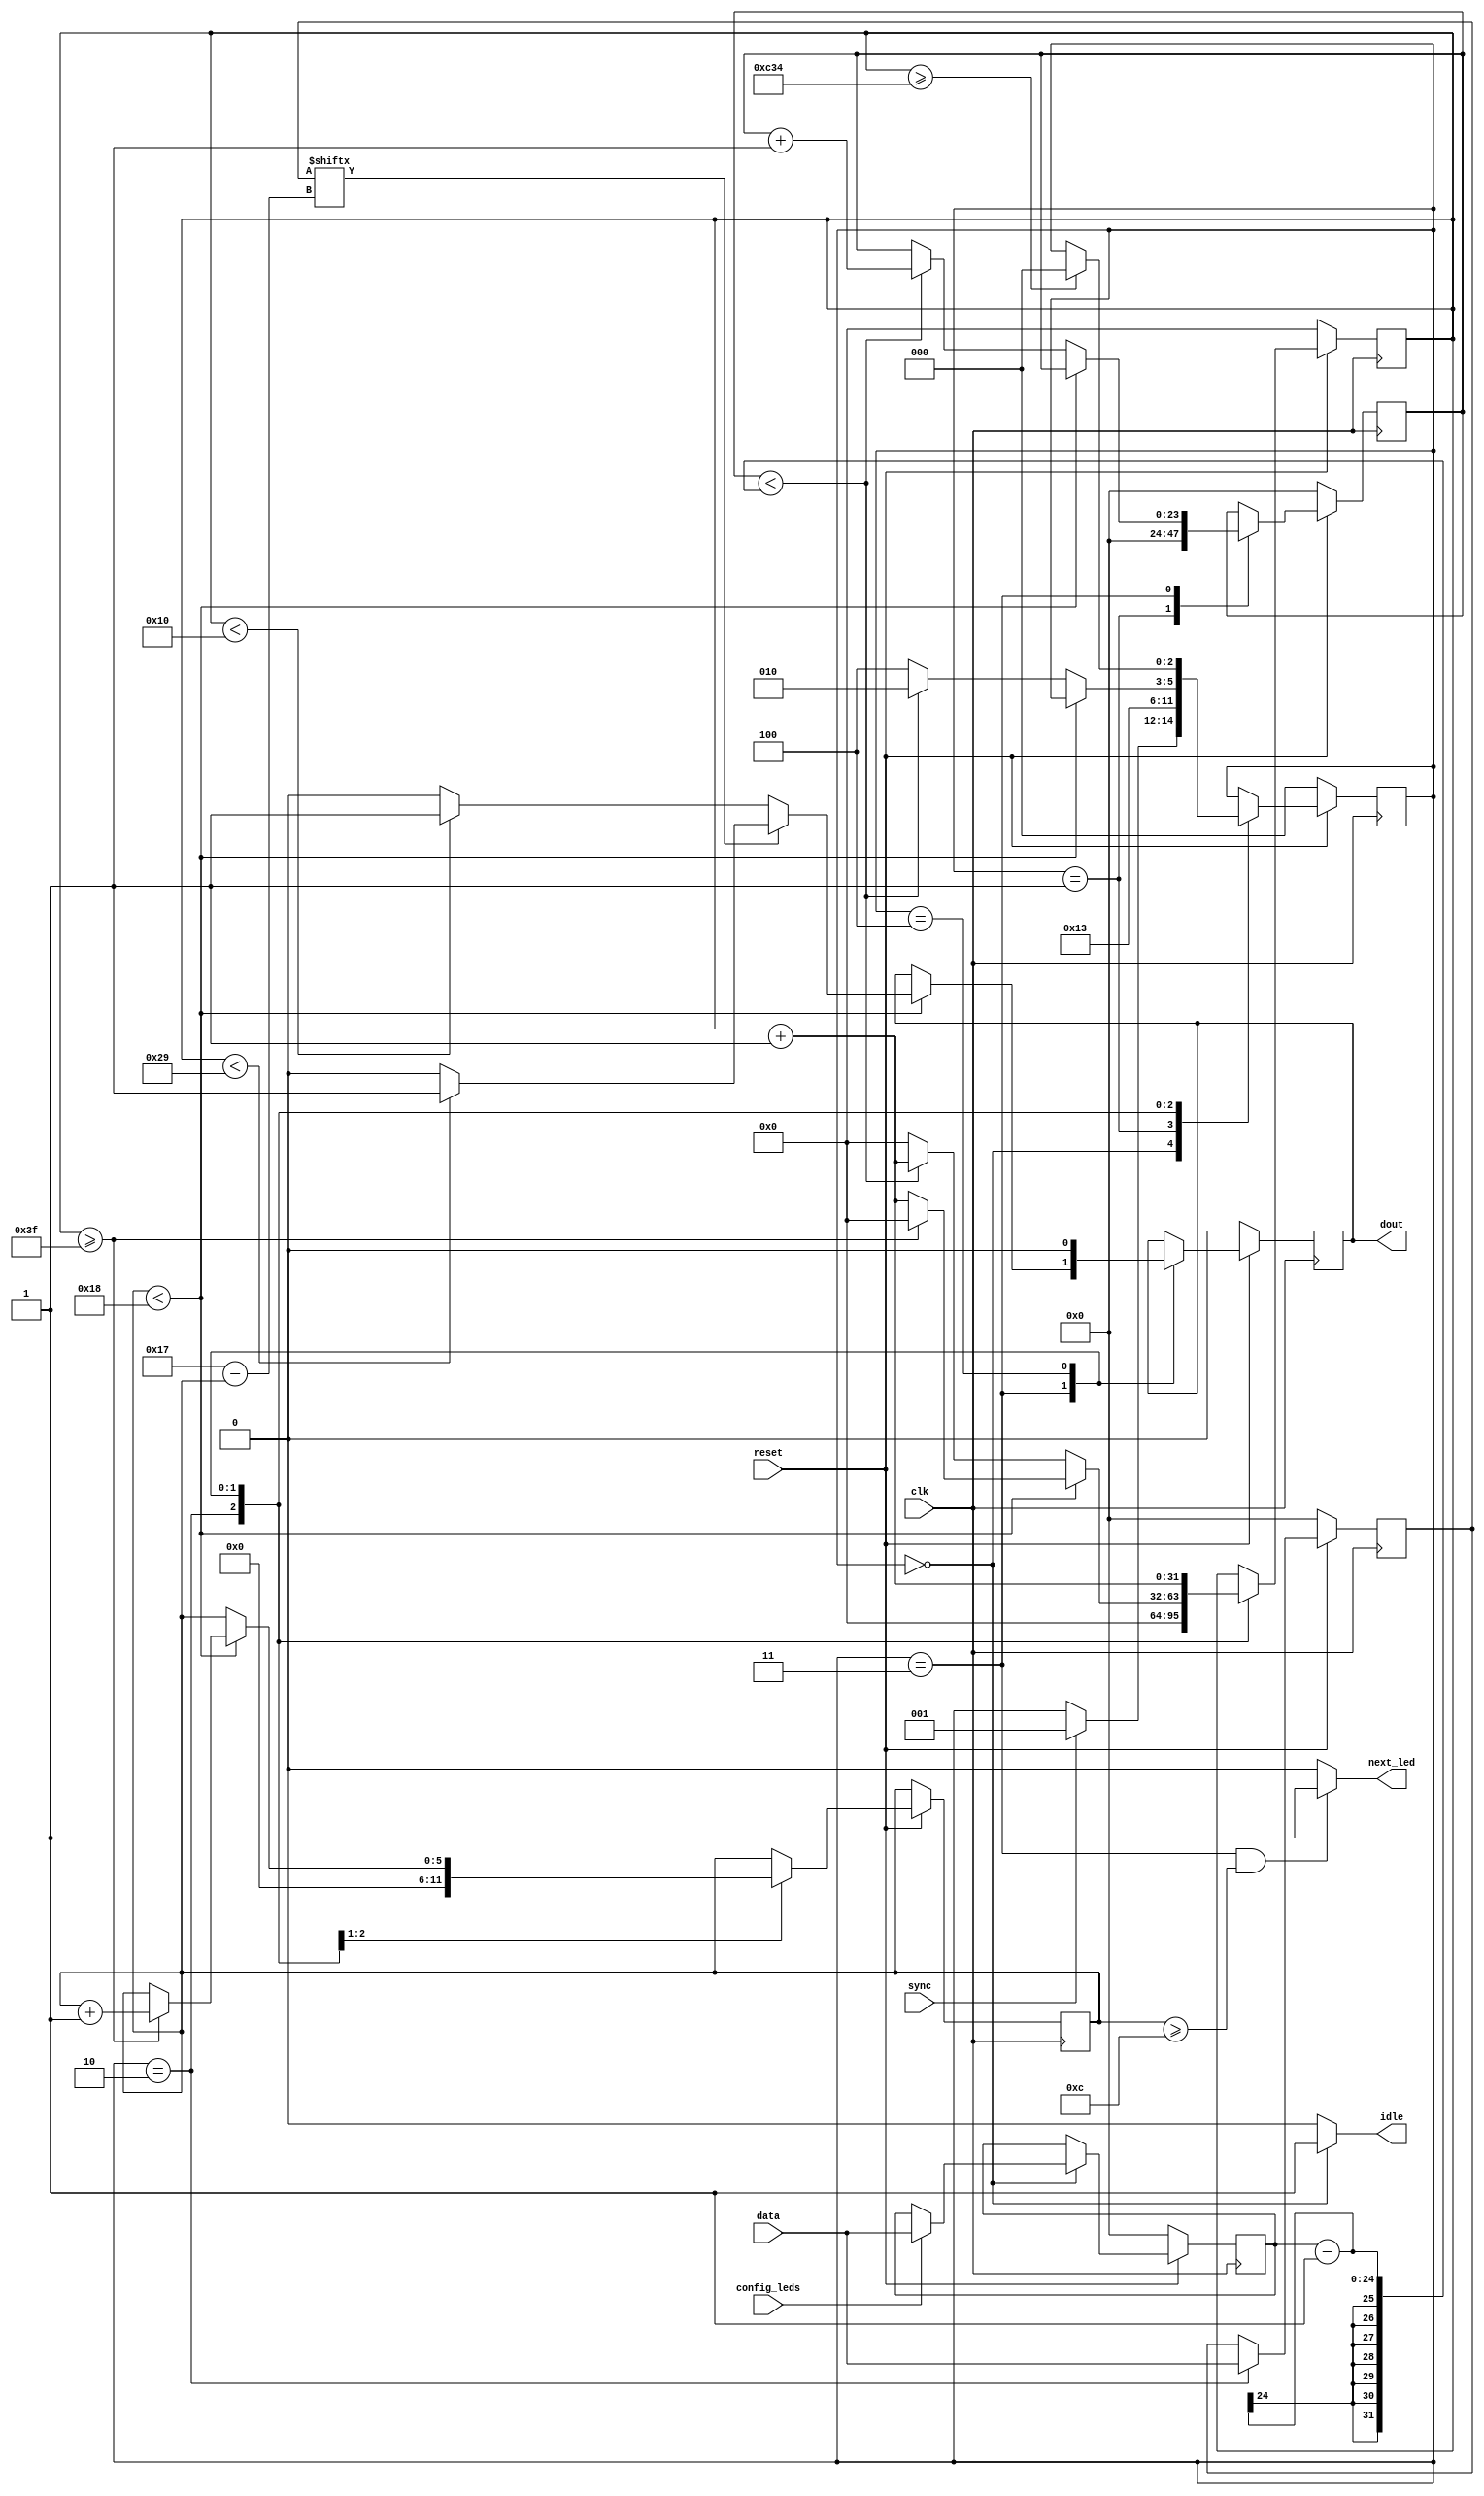
module WS2812b_Driver(clk,sync,config_leds,reset,data,next_led,idle,dout);
/*
WS2812b addressable LED driver with friendly interface compatible with MCU usage
AUTHOR: LOCHE Jeremy 

inputs : 
	clk = high speed clock used to run the module -> Clock should be at least 3.2 MHz -> Default 50MHz is perfect
	sync = data send signal, when idle is asserted by the driver, apply '1' for at least 1 cycle of clk to start a DATA latch on the LEDs
	config_leds = use it to configure the number of LEDs of the driver, when idle is asserted by the driver, applying a '1' for at least 1 clk cycle will copy the content of data bus to the nb_led register
	data = 24 bits data bus for the LED data, the data is sent MSB first on dout bit 23 to bit 0

outputs:
	idle = idle is asserted when the module is ready to send or configure the LEDs
	next_led = next_led indicates that the module needs next LED data to send. The is asserted in the middle of latching procedure and data is then read just before latching the following LED.
	dout = actual driving signal for the LEDs.
*/


parameter CLK_FREQ=50000000;
parameter RESET_POLARITY=0; //0 when reset signal si active on 0 logic level 1 if you want reset on 1
parameter LED_ADDRESS_BUS_WIDTH=24;
parameter LED_DATA_BUS_WIDTH=24;


//State machine 
parameter IDLE=3'd0;
parameter INIT=3'd1;
parameter LOAD=3'd2;
parameter LATCH=3'd3;
parameter RESET=3'd4;

//Timing parameters for ws2812b

parameter LAT_FREQ = 800000; //Latch frequency of the LED is 800kHz
parameter CYC_PERIOD=(1.0*CLK_FREQ)/LAT_FREQ;  //equivalent of 1.2 us
parameter integer H1_CYC=(0.65)*CYC_PERIOD; //Number of clk cycles high for bit 1
parameter integer L1_CYC=(0.35)*CYC_PERIOD; //Number of clk cycles low for bit 1

parameter integer H0_CYC=(0.25)*CYC_PERIOD; //Number of clk cycles high for bit 0
parameter integer L0_CYC=(0.75)*CYC_PERIOD; //Number of clk cycles low for bit 0

parameter integer RESET_CYC=50*CYC_PERIOD; //Number of clk cycles for a reset pulse approx 60uS




input clk,sync,config_leds,reset;
input [LED_DATA_BUS_WIDTH-1:0] data;
output reg dout;
output next_led;
output idle;

wire _reset;

reg [2:0] state; //state of the driver
reg [LED_ADDRESS_BUS_WIDTH-1:0] address; //counter index of the current LED to latch
reg [LED_ADDRESS_BUS_WIDTH-1:0] nb_leds; //number of LED driven by the driver. To know when to stop and send reset pulse.
reg [LED_DATA_BUS_WIDTH-1:0] led_data; //a safe copy of the bus data line for the current led latch

reg [5:0] bit_address; //counter to address the current bit to latch on the  output
reg [31:0] clk_cnt; // a clock counter to manage the delays of latching

assign next_led = (state==LATCH && bit_address >= (LED_DATA_BUS_WIDTH/2)) ? 1 : 0;
assign idle = state == IDLE ? 1 : 0;

assign _reset= RESET_POLARITY ? !reset : reset;

always @(posedge(clk)) begin

	if(_reset==0) begin
	
	address<=0;
	nb_leds<=0;
	led_data<=0;
	clk_cnt<=0;
	dout<=0;
	state<=IDLE;
	
	end //end reset
	else begin
	
		case(state) 
			
			IDLE: begin
				
					if(sync) begin
						state<=INIT;
					end
					
					if(config_leds) begin
						nb_leds<=data;
					end
					
				end
			
			INIT: begin //reset led counter
					address<=0;
					state<=LOAD;
				end
				
			LOAD: begin //Load the led data to the copy register from the data bus
					led_data<=data; //Prepare to latch the data
					clk_cnt<=0;
					bit_address<=0;
					state<=LATCH;
				end
				
			LATCH: begin //Latch the LED bits to the dout
					
					//Count the cycles
					clk_cnt<=clk_cnt+1;
					
					if(bit_address < (LED_DATA_BUS_WIDTH) ) begin //latch the bit normally for each bits in the LED data
	
						if(led_data[LED_DATA_BUS_WIDTH-1-bit_address] == 1) begin //bit in LED data is 1 Latch 1
						
							if(clk_cnt < H1_CYC) dout<=1;
							else dout<=0;
							
							if(clk_cnt >= (H1_CYC + L1_CYC))begin //Finished latching this 1 bit do the next
								bit_address<=bit_address+1;
								clk_cnt<=0;
							end
						end
						else begin //Latch 0
						
							if(clk_cnt < H0_CYC) dout<=1;
							else dout<=0;
						
							if(clk_cnt >= (H0_CYC + L0_CYC)) begin //Finished latching this 0 bit do the next
								bit_address<=bit_address+1;
								clk_cnt<=0;
							end
						end
					end
					else begin //we have latched this whole LED data cause the bit is the last one
						//should either latch the next LED or send a reset pulse.
						
						if( address < (nb_leds-1) ) begin //still LEDs to latch, call load state to latch the following led
							state<=LOAD;
							address<=address+1; //Go to the next LED
						end
						else begin
							state<=RESET;
							clk_cnt<=0; //reset the clock counter for the reset pulse
						end
						
					end
					
				end //end LATCH
			
			RESET: begin
					clk_cnt<=clk_cnt+1;
					dout<=0;
					if(clk_cnt >= (RESET_CYC-1)) 
						state<=IDLE;
				end		
		endcase	
	end //end else reset
	
end

endmodule